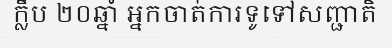
ក្លឹប ២០ឆ្នាំ អ្នកចាត់ការទូទៅសញ្ជាតិ